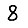
Digit: 8